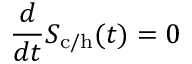
\frac { d } { d t } S _ { \mathrm { c / h } } ( t ) = 0